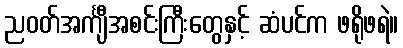
ညဝတ်အင်္ကျီအစင်းကြီးတွေနှင့် ဆံပင်က ဖရိုဖရဲ။